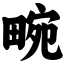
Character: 畹